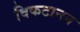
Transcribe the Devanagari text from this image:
विकटानन